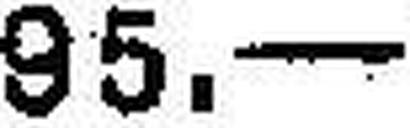
95.—